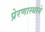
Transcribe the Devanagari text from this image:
प्रेरणास्थाने